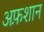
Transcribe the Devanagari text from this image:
अफ़शान